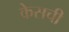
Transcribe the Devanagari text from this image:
केसची